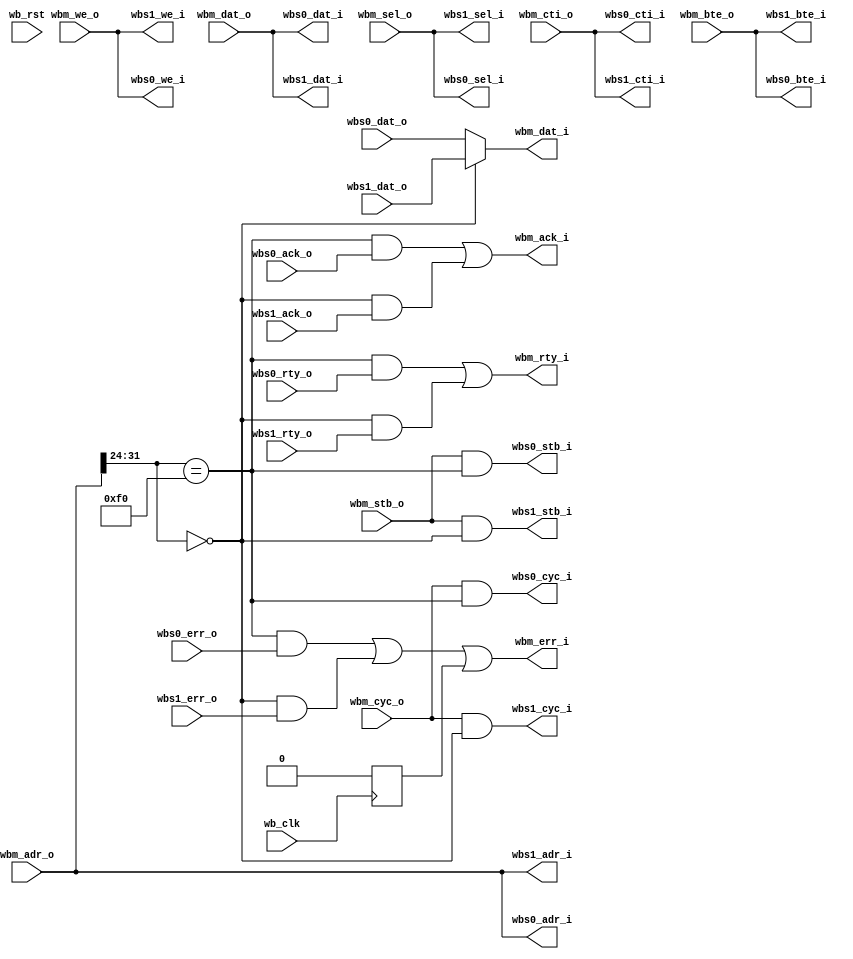
module arbiter_ibus
  (
   // instruction bus in
   // Wishbone Master interface
   wbm_adr_o,
   wbm_dat_o,
   wbm_sel_o,
   wbm_we_o,
   wbm_cyc_o,
   wbm_stb_o,
   wbm_cti_o,
   wbm_bte_o,
  
   wbm_dat_i,
   wbm_ack_i,
   wbm_err_i,
   wbm_rty_i,


   // Slave one
   // Wishbone Slave interface
   wbs0_adr_i,
   wbs0_dat_i,
   wbs0_sel_i,
   wbs0_we_i,
   wbs0_cyc_i,
   wbs0_stb_i,
   wbs0_cti_i,
   wbs0_bte_i,
  
   wbs0_dat_o,
   wbs0_ack_o,
   wbs0_err_o,
   wbs0_rty_o,

   // Slave two
   // Wishbone Slave interface
   wbs1_adr_i,
   wbs1_dat_i,
   wbs1_sel_i,
   wbs1_we_i,
   wbs1_cyc_i,
   wbs1_stb_i,
   wbs1_cti_i,
   wbs1_bte_i,
  
   wbs1_dat_o,
   wbs1_ack_o,
   wbs1_err_o,
   wbs1_rty_o,

   wb_clk,
   wb_rst
   );


   parameter wb_dat_width = 32;
   parameter wb_adr_width = 32;

   parameter wb_addr_match_width = 8;

   parameter slave0_adr = 8'hf0; // FLASH ROM
   parameter slave1_adr = 8'h00; // Main memory (SDRAM/FPGA SRAM)

`define WB_ARB_ADDR_MATCH_SEL wb_adr_width-1:wb_adr_width-wb_addr_match_width
   
   input wb_clk;
   input wb_rst;

   
   // WB Master
   input [wb_adr_width-1:0] wbm_adr_o;
   input [wb_dat_width-1:0] wbm_dat_o;
   input [3:0] 		    wbm_sel_o;   
   input 		    wbm_we_o;
   input 		    wbm_cyc_o;
   input 		    wbm_stb_o;
   input [2:0] 		    wbm_cti_o;
   input [1:0] 		    wbm_bte_o;
   output [wb_dat_width-1:0] wbm_dat_i;   
   output 		     wbm_ack_i;
   output 		     wbm_err_i;
   output 		     wbm_rty_i;   

   // WB Slave 0
   output [wb_adr_width-1:0] wbs0_adr_i;
   output [wb_dat_width-1:0] wbs0_dat_i;
   output [3:0] 	     wbs0_sel_i;
   output 		     wbs0_we_i;
   output 		     wbs0_cyc_i;
   output 		     wbs0_stb_i;
   output [2:0] 	     wbs0_cti_i;
   output [1:0] 	     wbs0_bte_i;
   input [wb_dat_width-1:0]  wbs0_dat_o;   
   input 		     wbs0_ack_o;
   input 		     wbs0_err_o;
   input 		     wbs0_rty_o;   

   // WB Slave 1
   output [wb_adr_width-1:0] wbs1_adr_i;
   output [wb_dat_width-1:0] wbs1_dat_i;
   output [3:0] 	     wbs1_sel_i;
   output 		     wbs1_we_i;
   output 		     wbs1_cyc_i;
   output 		     wbs1_stb_i;
   output [2:0] 	     wbs1_cti_i;
   output [1:0] 	     wbs1_bte_i;
   input [wb_dat_width-1:0]  wbs1_dat_o;   
   input 		     wbs1_ack_o;
   input 		     wbs1_err_o;
   input 		     wbs1_rty_o;   

   wire [1:0] 		     slave_sel; // One bit per slave

   reg 			     watchdog_err;
   
`ifdef ARBITER_IBUS_WATCHDOG
   reg [`ARBITER_IBUS_WATCHDOG_TIMER_WIDTH:0]  watchdog_timer;
   reg 			     wbm_stb_r; // Register strobe
   wire 		     wbm_stb_edge; // Detect its edge
   reg 			     wbm_stb_edge_r, wbm_ack_i_r; // Reg these, better timing

   always @(posedge wb_clk)
     wbm_stb_r <= wbm_stb_o;

   assign wbm_stb_edge = (wbm_stb_o & !wbm_stb_r);

   always @(posedge wb_clk)
     wbm_stb_edge_r <= wbm_stb_edge;
   
   always @(posedge wb_clk)
     wbm_ack_i_r <= wbm_ack_i;
   
   
   // Counter logic
   always @(posedge wb_clk)
     if (wb_rst) watchdog_timer <= 0;
     else if (wbm_ack_i_r) // When we see an ack, turn off timer
       watchdog_timer <= 0;
     else if (wbm_stb_edge_r) // New access means start timer again
       watchdog_timer <= 1;
     else if (|watchdog_timer) // Continue counting if counter > 0
       watchdog_timer <= watchdog_timer + 1;

   always @(posedge wb_clk) 
     watchdog_err <= (&watchdog_timer);
   
`else // !`ifdef ARBITER_IBUS_WATCHDOG
   
   always @(posedge wb_clk) 
     watchdog_err <= 0;

`endif // !`ifdef ARBITER_IBUS_WATCHDOG
   
   

`ifdef ARBITER_IBUS_REGISTERING
   
   // Master input registers
   reg [wb_adr_width-1:0]    wbm_adr_o_r;
   reg [wb_dat_width-1:0]    wbm_dat_o_r;
   reg [3:0] 		     wbm_sel_o_r;   
   reg 			     wbm_we_o_r;
   reg 			     wbm_cyc_o_r;
   reg 			     wbm_stb_o_r;
   reg [2:0] 		     wbm_cti_o_r;
   reg [1:0] 		     wbm_bte_o_r;
   // Slave output registers
   reg [wb_dat_width-1:0]    wbs0_dat_o_r;   
   reg 			     wbs0_ack_o_r;
   reg 			     wbs0_err_o_r;
   reg 			     wbs0_rty_o_r;
   reg [wb_dat_width-1:0]    wbs1_dat_o_r;   
   reg 			     wbs1_ack_o_r;
   reg 			     wbs1_err_o_r;
   reg 			     wbs1_rty_o_r;

   wire 		     wbm_ack_i_pre_reg;

   
   
   // Register master input signals
   always @(posedge wb_clk)
     begin
	wbm_adr_o_r <= wbm_adr_o;
	wbm_dat_o_r <= wbm_dat_o;
	wbm_sel_o_r <= wbm_sel_o;
	wbm_we_o_r <= wbm_we_o;
	wbm_cyc_o_r <= wbm_cyc_o;
	wbm_stb_o_r <= wbm_stb_o & !wbm_ack_i_pre_reg & !wbm_ack_i;//classic
	wbm_cti_o_r <= wbm_cti_o;
	wbm_bte_o_r <= wbm_bte_o;

	// Slave signals
	wbs0_dat_o_r <= wbs0_dat_o;
	wbs0_ack_o_r <= wbs0_ack_o;
	wbs0_err_o_r <= wbs0_err_o;
	wbs0_rty_o_r <= wbs0_rty_o;
	wbs1_dat_o_r <= wbs1_dat_o;
	wbs1_ack_o_r <= wbs1_ack_o;
	wbs1_err_o_r <= wbs1_err_o;
	wbs1_rty_o_r <= wbs1_rty_o;   
	
     end // always @ (posedge wb_clk)

   // Slave select
   assign slave_sel[0] = wbm_adr_o_r[`WB_ARB_ADDR_MATCH_SEL] ==
			 slave0_adr;

   assign slave_sel[1] = wbm_adr_o_r[`WB_ARB_ADDR_MATCH_SEL] ==
			 slave1_adr;

   // Slave out assigns
   assign wbs0_adr_i = wbm_adr_o_r;
   assign wbs0_dat_i = wbm_dat_o_r;
   assign wbs0_we_i = wbm_dat_o_r;
   assign wbs0_sel_i = wbm_sel_o_r;
   assign wbs0_cti_i = wbm_cti_o_r;
   assign wbs0_bte_i = wbm_bte_o_r;
   assign wbs0_cyc_i = wbm_cyc_o_r & slave_sel[0];
   assign wbs0_stb_i = wbm_stb_o_r & slave_sel[0];

   assign wbs1_adr_i = wbm_adr_o_r;
   assign wbs1_dat_i = wbm_dat_o_r;
   assign wbs1_we_i = wbm_dat_o_r;
   assign wbs1_sel_i = wbm_sel_o_r;
   assign wbs1_cti_i = wbm_cti_o_r;
   assign wbs1_bte_i = wbm_bte_o_r;
   assign wbs1_cyc_i = wbm_cyc_o_r & slave_sel[1];
   assign wbs1_stb_i = wbm_stb_o_r & slave_sel[1];

   // Master out assigns
   // Don't care about none selected...
   assign wbm_dat_i = slave_sel[1] ? wbs1_dat_o_r :
		      wbs0_dat_o_r ;
   
   assign wbm_ack_i = (slave_sel[0] & wbs0_ack_o_r) |
		      (slave_sel[1] & wbs1_ack_o_r)
     ;
   
   assign wbm_err_i = (slave_sel[0] & wbs0_err_o_r) |
		      (slave_sel[1] & wbs1_err_o_r) |
		      watchdog_err;
   
   assign wbm_rty_i = (slave_sel[0] & wbs0_rty_o_r) |
		      (slave_sel[1] & wbs1_rty_o_r);

   // Non-registered ack
   assign wbm_ack_i_pre_reg = (slave_sel[0] & wbs0_ack_o) |
			      (slave_sel[1] & wbs1_ack_o);
   
`else // !`ifdef ARBITER_IBUS_REGISTERING

   // Slave select
   assign slave_sel[0] = wbm_adr_o[`WB_ARB_ADDR_MATCH_SEL] ==
			 slave0_adr;

   assign slave_sel[1] = wbm_adr_o[`WB_ARB_ADDR_MATCH_SEL] ==
			 slave1_adr;

   // Slave out assigns
   assign wbs0_adr_i = wbm_adr_o;
   assign wbs0_dat_i = wbm_dat_o;
   assign wbs0_we_i  = wbm_we_o;
   assign wbs0_sel_i = wbm_sel_o;
   assign wbs0_cti_i = wbm_cti_o;
   assign wbs0_bte_i = wbm_bte_o;
   assign wbs0_cyc_i = wbm_cyc_o & slave_sel[0];
   assign wbs0_stb_i = wbm_stb_o & slave_sel[0];

   assign wbs1_adr_i = wbm_adr_o;
   assign wbs1_dat_i = wbm_dat_o;
   assign wbs1_we_i  = wbm_we_o;
   assign wbs1_sel_i = wbm_sel_o;
   assign wbs1_cti_i = wbm_cti_o;
   assign wbs1_bte_i = wbm_bte_o;
   assign wbs1_cyc_i = wbm_cyc_o & slave_sel[1];
   assign wbs1_stb_i = wbm_stb_o & slave_sel[1];

   // Master out assigns
   // Don't care about none selected...
   assign wbm_dat_i = slave_sel[1] ? wbs1_dat_o :
		      wbs0_dat_o ;
   
   assign wbm_ack_i = (slave_sel[0] & wbs0_ack_o) |
		      (slave_sel[1] & wbs1_ack_o);
   
   
   assign wbm_err_i = (slave_sel[0] & wbs0_err_o) |
		      (slave_sel[1] & wbs1_err_o) |
		      watchdog_err;
   
   assign wbm_rty_i = (slave_sel[0] & wbs0_rty_o) |
		      (slave_sel[1] & wbs1_rty_o);
   

`endif
endmodule